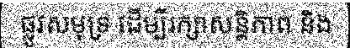
ផ្លូវសមុទ្រ ដើម្បីរក្សាសន្តិភាព និង